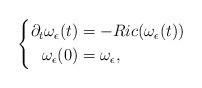
LaTeX: \begin{align*}\left\{\begin{aligned}\partial_t\omega_\epsilon(t)&=-Ric(\omega_\epsilon(t))\\\omega_\epsilon(0)&=\omega_\epsilon,\end{aligned}\right.\end{align*}